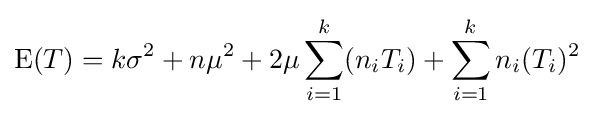
\operatorname {E} (T)=k\sigma ^{2}+n\mu ^{2}+2\mu \sum _{i=1}^{k}(n_{i}T_{i})+\sum _{i=1}^{k}n_{i}(T_{i})^{2}